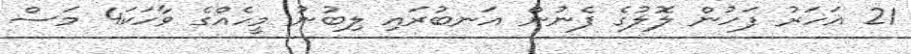
21 އަހަރު ފަހުން ލޮލުގެ ފެނުން އަނބުރައި ލިބުނު މީހެއްގެ ވާހަކަ4 މަސް